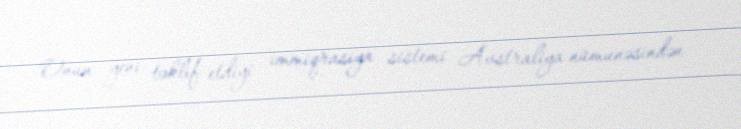
Onun yeni təklif etdiyi immiqrasiya sistemi Avstraliya nümunəsindən